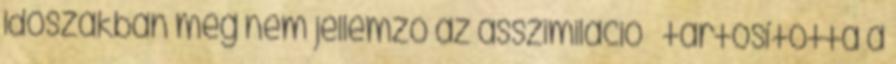
időszakban még nem jellemző az asszimiláció  tartósította a